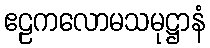
ဧဠကလောမသမုဋ္ဌာနံ